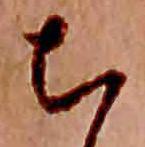
ち